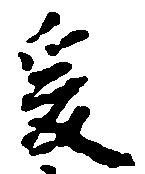
爰